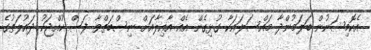
އެކޮމިޝަނުން ބަލަމުންދާ މައްސަލައަކާ ގުޅިގެން އެއް އާއިލާއަށް ނިސްބަތްވާ ފަސް ކުއްޖަކު ދައުލަތުގެ